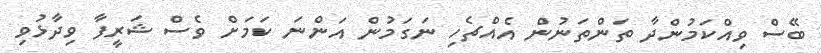
ބޭސް ވިއްކަމުންދާ ތަންތަނުން އެއްޗެހި ނަގަމުން އަންނަ ކަމަށް ވެސް ޝަރީފާ ވިދާޅުވި